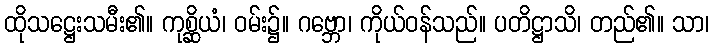
ထိုသဋ္ဌေးသမီး၏။ ကုစ္ဆိယံ၊ ဝမ်း၌။ ဂဗ္ဘော၊ ကိုယ်ဝန်သည်။ ပတိဋ္ဌာသိ၊ တည်၏။ သာ၊